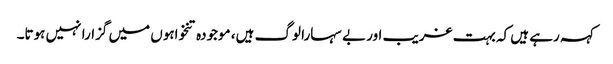
کہہ رہے ہیں کہ بہت غریب اور بے سہارا لوگ ہیں، موجودہ تنخواہوں میں گزارا نہیں ہوتا۔